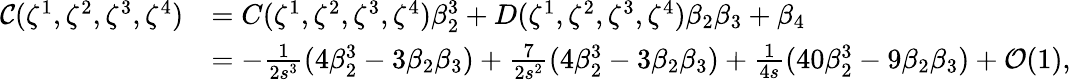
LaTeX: \begin{array}{rl}{\mathcal{C}(\zeta^{1},\zeta^{2},\zeta^{3},\zeta^{4})}&{=C(\zeta^{1},\zeta^{2},\zeta^{3},\zeta^{4})\beta_{2}^{3}+D(\zeta^{1},\zeta^{2},\zeta^{3},\zeta^{4})\beta_{2}\beta_{3}+\beta_{4}}\\ &{=-\frac{1}{2s^{3}}(4\beta_{2}^{3}-3\beta_{2}\beta_{3})+\frac{7}{2s^{2}}(4\beta_{2}^{3}-3\beta_{2}\beta_{3})+\frac{1}{4s}(40\beta_{2}^{3}-9\beta_{2}\beta_{3})+\mathcal{O}(1),}\end{array}